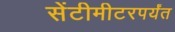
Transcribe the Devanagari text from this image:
सेंटीमीटरपर्यंत